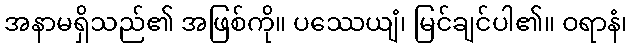
အနာမရှိသည်၏ အဖြစ်ကို။ ပဿေယျံ၊ မြင်ချင်ပါ၏။ ဝရာနံ၊